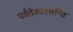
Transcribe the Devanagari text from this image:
पर्वतेश्वरमन्ति